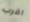
اقرب